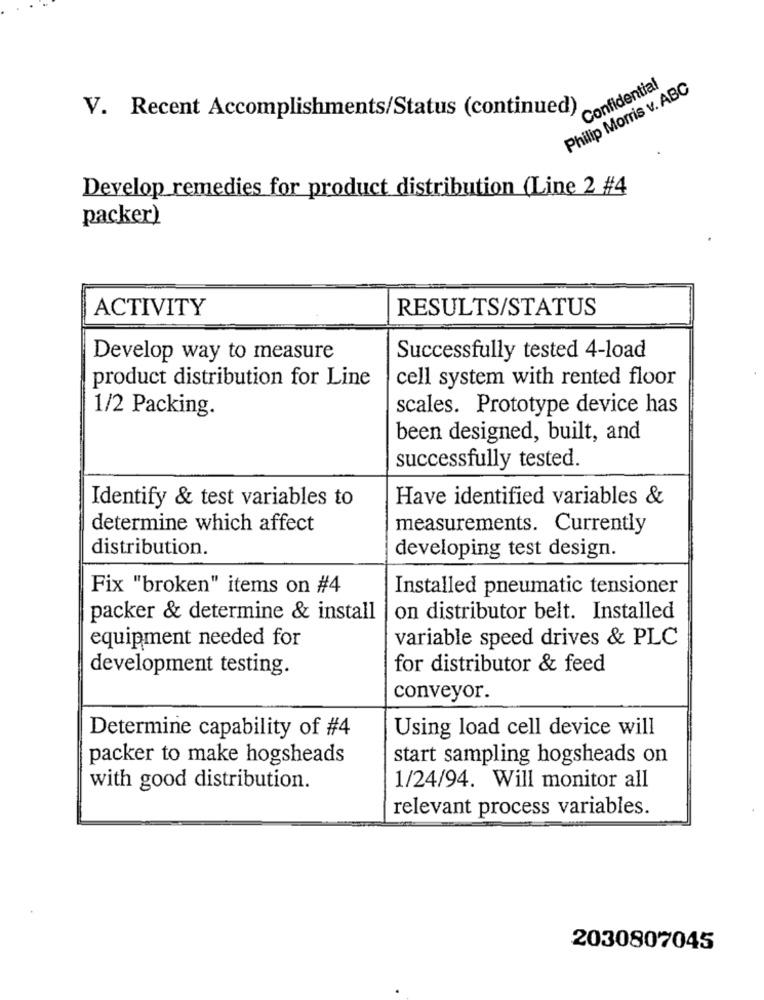
Philip Morris v. ABC
Confidential
V. Recent Accomplishments/Status (continued)
Develop remedies for product distribution (Line 2 #4
packer)
ACTIVITY
RESULTS/STATUS
Develop way to measure
Successfully tested 4-load
product distribution for Line
cell system with rented floor
scales. Prototype device has
1/2 Packing.
been designed, built, and
successfully tested.
Identify & test variables to
Have identified variables &
determine which affect
measurements. Currently
distribution.
developing test design.
Fix "broken" items on #4
Installed pneumatic tensioner
packer & determine & install
on distributor belt. Installed
variable speed drives & PLC
equipment needed for
development testing.
for distributor & feed
conveyor.
Using load cell device will
Determine capability of #4
packer to make hogsheads
start sampling hogsheads on
with good distribution.
1/24/94. Will monitor all
relevant process variables.
2030807045